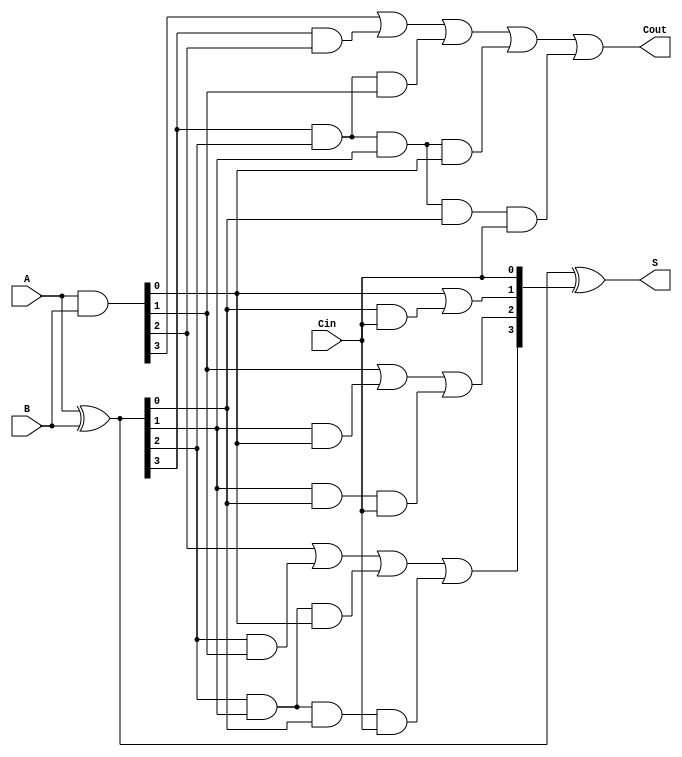
`timescale 1ns / 1ps
//////////////////////////////////////////////////////////////////////////////////
// Company: 
// Engineer: 
// 
// Design Name: 
// Module Name: CLA_4bit
// Project Name: 
// Target Devices: 
// Tool Versions: 
// Description: 
// 
// Dependencies: 
// 
// Revision:
// Revision 0.01 - File Created
// Additional Comments:
// 
//////////////////////////////////////////////////////////////////////////////////


module CLA_4bit(
input [3:0] A,B,
input Cin, 
output Cout, 
//output PG, GG,
output [3:0] S
    );
   wire [3:0] G,P,C;
   
 assign G = A & B;
 assign P = A ^ B;
 assign S = P ^ C; 
 assign C[0] = Cin;
 assign C[1] = G[0] | (P[0] & C[0]);
 assign C[2] = G[1] | (P[1] & G[0]) | (P[1] & P[0] &C[0]);
 assign C[3] = G[2] | ( P[2] & G[1])  | (P[2] & P[1] & G[0]) | (P[2] & P[1] & P[0] & C[0]);
 assign Cout = G[3] | (P[3] & G[2]) | (P[3] & P[2] & G[1]) | (P[3] & P[2] & P[1] & G[0]) | (P[3] & P[2] & P[1] & P[0] & C[0]);
// assign Pg = P[3] & P[2] & P[1] & P[0];
// assign GG = G[3] | (P[3] & G[2]) | (P[3] & P[2] & G[1]) | (P[3] & P[2] & P[1] & G[0]);
endmodule